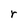
Character: r